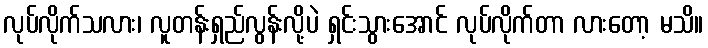
လုပ်လိုက်သလား၊ လူတန်းရှည်လွန်းလို့ပဲ ရှင်းသွားအောင် လုပ်လိုက်တာ လားတော့ မသိ။